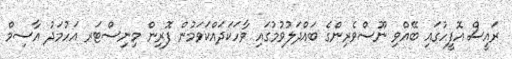
ރައީސް އޮފީހުގައި ބޭއްވި ނޫސްވެރިންގެ ބައްދަލުވުމުގައި ވާހަކަދައްކަވަމުން ފޮރިން މިނިސްޓަރ އަހުމަދު އާސިމް